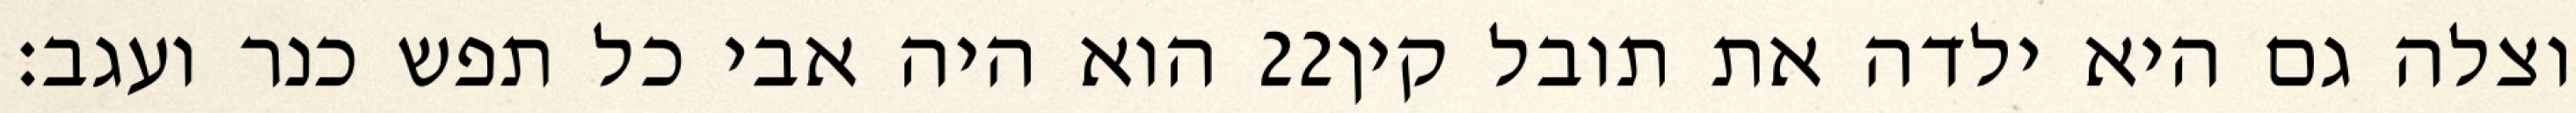
הוא היה אבי כל תפש כנר ועגב׃ ‎22‏ וצלה גם היא ילדה את תובל קין